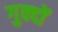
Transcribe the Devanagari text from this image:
गुक्दों